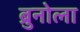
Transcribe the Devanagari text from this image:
ब्रुनोला